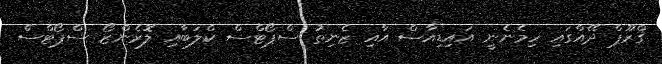
ގްރޫޕް ދޭއްގައި ހިމެނެނީ އައިޑިއާސް އާއި ޒެނިތު ސްޕޯޓްސް ކްލަބާއި ލޮރެންޒޯ ސްޕޯޓްސް